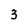
Character: 3